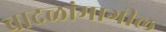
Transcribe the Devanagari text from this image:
वादळांमागील